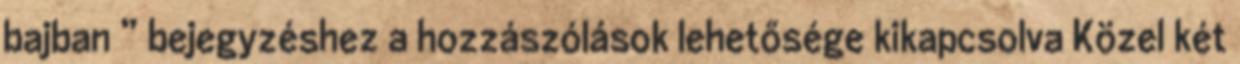
bajban ” bejegyzéshez a hozzászólások lehetősége kikapcsolva Közel két